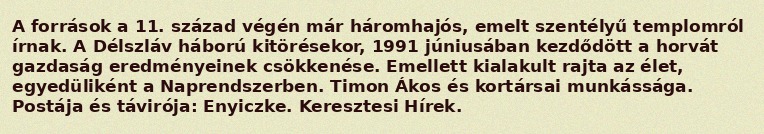
A források a 11. század végén már háromhajós, emelt szentélyű templomról írnak. A Délszláv háború kitörésekor, 1991 júniusában kezdődött a horvát gazdaság eredményeinek csökkenése. Emellett kialakult rajta az élet, egyedüliként a Naprendszerben. Timon Ákos és kortársai munkássága. Postája és távirója: Enyiczke. Keresztesi Hírek.